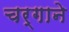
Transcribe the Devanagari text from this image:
चर्गाने